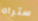
ستراه